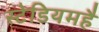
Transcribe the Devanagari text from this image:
स्टेडियमहै